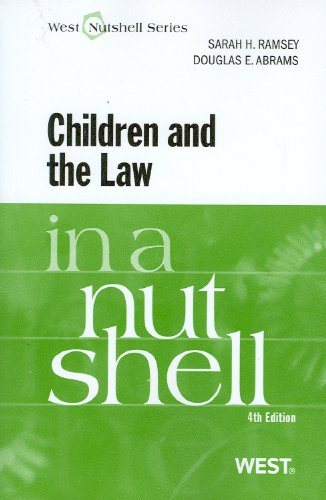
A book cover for Children and the Law in a Nutshell; Sarah Ramsey; Law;